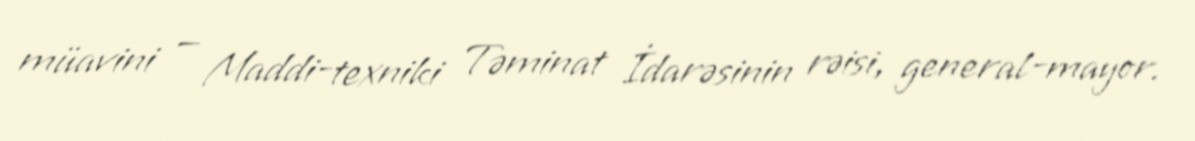
müavini — Maddi-texniki Təminat İdarəsinin rəisi, general-mayor.